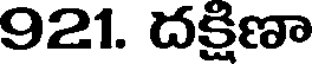
921. దక్షిణా